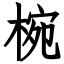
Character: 椀